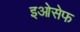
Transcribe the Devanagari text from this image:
इओसेफ